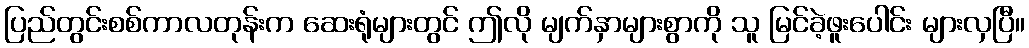
ပြည်တွင်းစစ်ကာလတုန်းက ဆေးရုံများတွင် ဤလို မျက်နှာများစွာကို သူ မြင်ခဲ့ဖူးပေါင်း များလှပြီ။